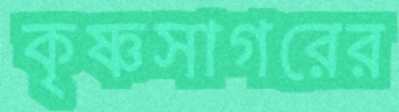
কৃষ্ণসাগরের